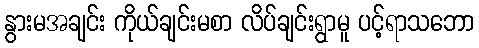
နွားမအချင်း ကိုယ်ချင်းမစာ လိပ်ချင်းရွာမူ ပင့်ရာသဘော